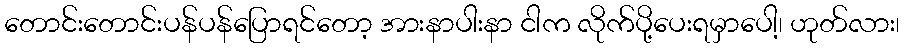
တောင်းတောင်းပန်ပန်ပြောရင်တော့ အားနာပါးနာ ငါက လိုက်ပို့ပေးရမှာပေါ့၊ ဟုတ်လား၊